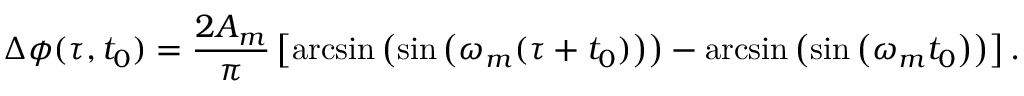
\Delta \phi ( \tau , t _ { 0 } ) = \frac { 2 A _ { m } } { \pi } \left[ \arcsin \left( \sin \left( \omega _ { m } ( \tau + t _ { 0 } ) \right) \right) - \arcsin \left( \sin \left( \omega _ { m } t _ { 0 } \right) \right) \right] .